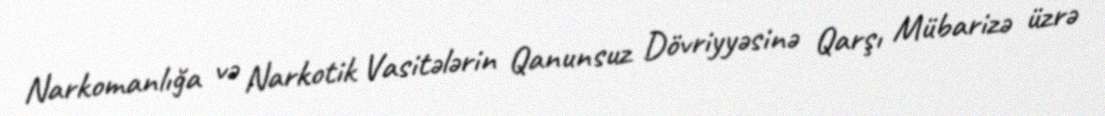
Narkomanlığa və Narkotik Vasitələrin Qanunsuz Dövriyyəsinə Qarşı Mübarizə üzrə